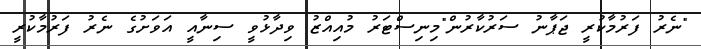
"ނެރު ފަރުމާކުރީ ޖަޕާނު ސަރުކާރުން"މިނިސްޓަރު މުއިއްޒު ވިދާޅުވީ ސިނާއީ އަވަށުގެ ނެރު ފަރުމާކުރީ